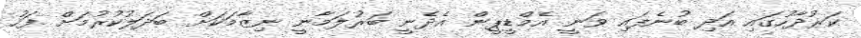
ކަރުދާހުގައި އަދި ބުނެފައި ވަނީ އެމްޑީޕީން އެދެނީ ބަރުލަމާނީ ނިޒާމަކަށް ބަދަލުކުރުމަށް ފަހު